Report of the Indian Hemp Drugs Commission, 1894-1895 - Volume I
Year: 1894
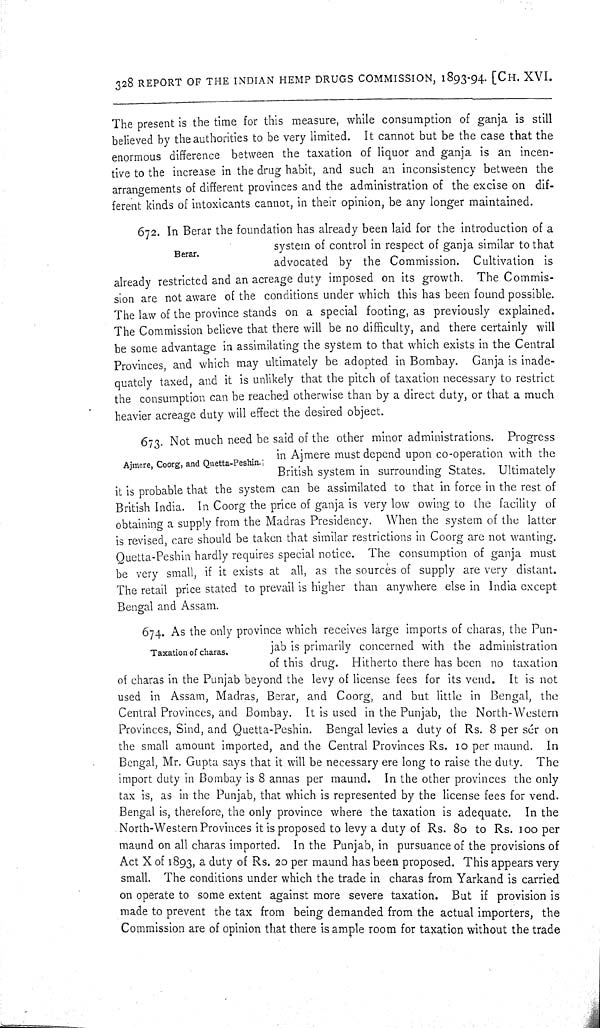
328 REPORT OF THE INDIAN HEMP DRUGS COMMISSION, 1893-94. [CH. XVI.
The present is the time for this measure, while consumption of ganja is still
believed by the authorities to be very limited. It cannot but be the case that the
enormous difference between the taxation of liquor and ganja is an incen-
tive to the increase in the drug habit, and such an inconsistency between the
arrangements of different provinces and the administration of the excise on dif-
ferent kinds of intoxicants cannot, in their opinion, be any longer maintained.
Berar.
672. In Berar the foundation has already been laid for the introduction of a
system of control in respect of ganja similar to that
advocated by the Commission. Cultivation is
already restricted and an acreage duty imposed on its growth. The Commis-
sion are not aware of the conditions under which this has been found possible.
The law of the province stands on a special footing, as previously explained.
The Commission believe that there will be no difficulty, and there certainly will
be some advantage in assimilating the system to that which exists in the Central
Provinces, and which may ultimately be adopted in Bombay. Ganja is inade-
quately taxed, and it is unlikely that the pitch of taxation necessary to restrict
the consumption can be reached otherwise than by a direct duty, or that a much
heavier acreage duty will effect the desired object.
Ajmere, Coorg, and Quetta-Peshin.
673. Not much need be said of the other minor administrations. Progress
in Ajmere must depend upon co-operation with the
British system in surrounding States. Ultimately
it is probable that the system can be assimilated to that in force in the rest of
British India. In Coorg the price of ganja is very low owing to the facility of
obtaining a supply from the Madras Presidency. When the system of the latter
is revised, care should be taken that similar restrictions in Coorg are not wanting.
Quetta-Peshin hardly requires special notice. The consumption of ganja must
be very small, if it exists at all, as the sources of supply are very distant.
The retail price stated to prevail is higher than anywhere else in India except
Bengal and Assam.
Taxation of charas.
674. As the only province which receives large imports of charas, the Pun-
jab is primarily concerned with the administration
of this drug. Hitherto there has been no taxation
of charas in the Punjab beyond the levy of license fees for its vend. It is not
used in Assam, Madras, Berar, and Coorg, and but little in Bengal, the
Central Provinces, and Bombay. It is used in the Punjab, the North-Western
Provinces, Sind, and Quetta-Peshin. Bengal levies a duty of Rs. 8 per sér on
the small amount imported, and the Central Provinces Rs. 10 per maund. In
Bengal, Mr. Gupta says that it will be necessary ere long to raise the duty. The
import duty in Bombay is 8 annas per maund. In the other provinces the only
tax is, as in the Punjab, that which is represented by the license fees for vend.
Bengal is, therefore, the only province where the taxation is adequate. In the
North-Western Provinces it is proposed to levy a duty of Rs. 80 to Rs. 100 per
maund on all charas imported. In the Punjab, in pursuance of the provisions of
Act X of 1893, a duty of Rs. 20 per maund has been proposed. This appears very
small. The conditions under which the trade in charas from Yarkand is carried
on operate to some extent against more severe taxation. But if provision is
made to prevent the tax from being demanded from the actual importers, the
Commission are of opinion that there is ample room for taxation without the trade